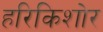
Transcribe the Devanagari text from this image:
हरिकिशोर